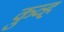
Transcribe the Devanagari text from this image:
कुव्ह